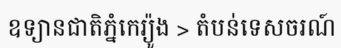
ឧទ្យានជាតិភ្នំកេរ្យ៉ូង > តំបន់ទេសចរណ៍